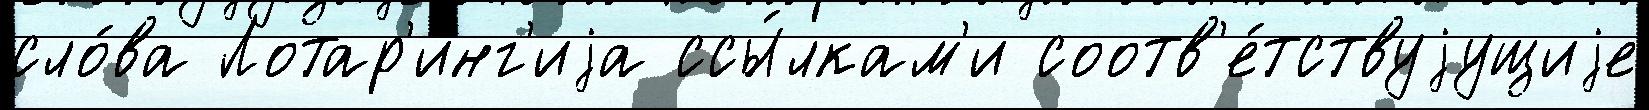
сло́ва Лотар'инг'иjа ссы́лкам'и соотв'е́тствуjущиjе